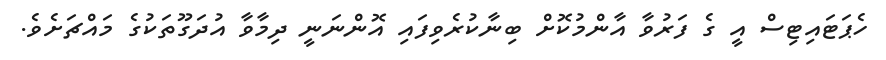
ހެޕަޓައިޓިސް އީ ގެ ފަރުވާ އާންމުކޮށް ބިނާކުރެވިފައި އޮންނަނީ ދިމާވާ އުދަގޫތަކުގެ މައްޗަށެވެ.